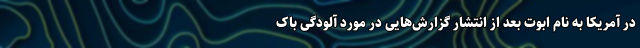
در آمریکا به نام ابوت بعد از انتشار گزارش‌هایی در مورد آلودگی باک